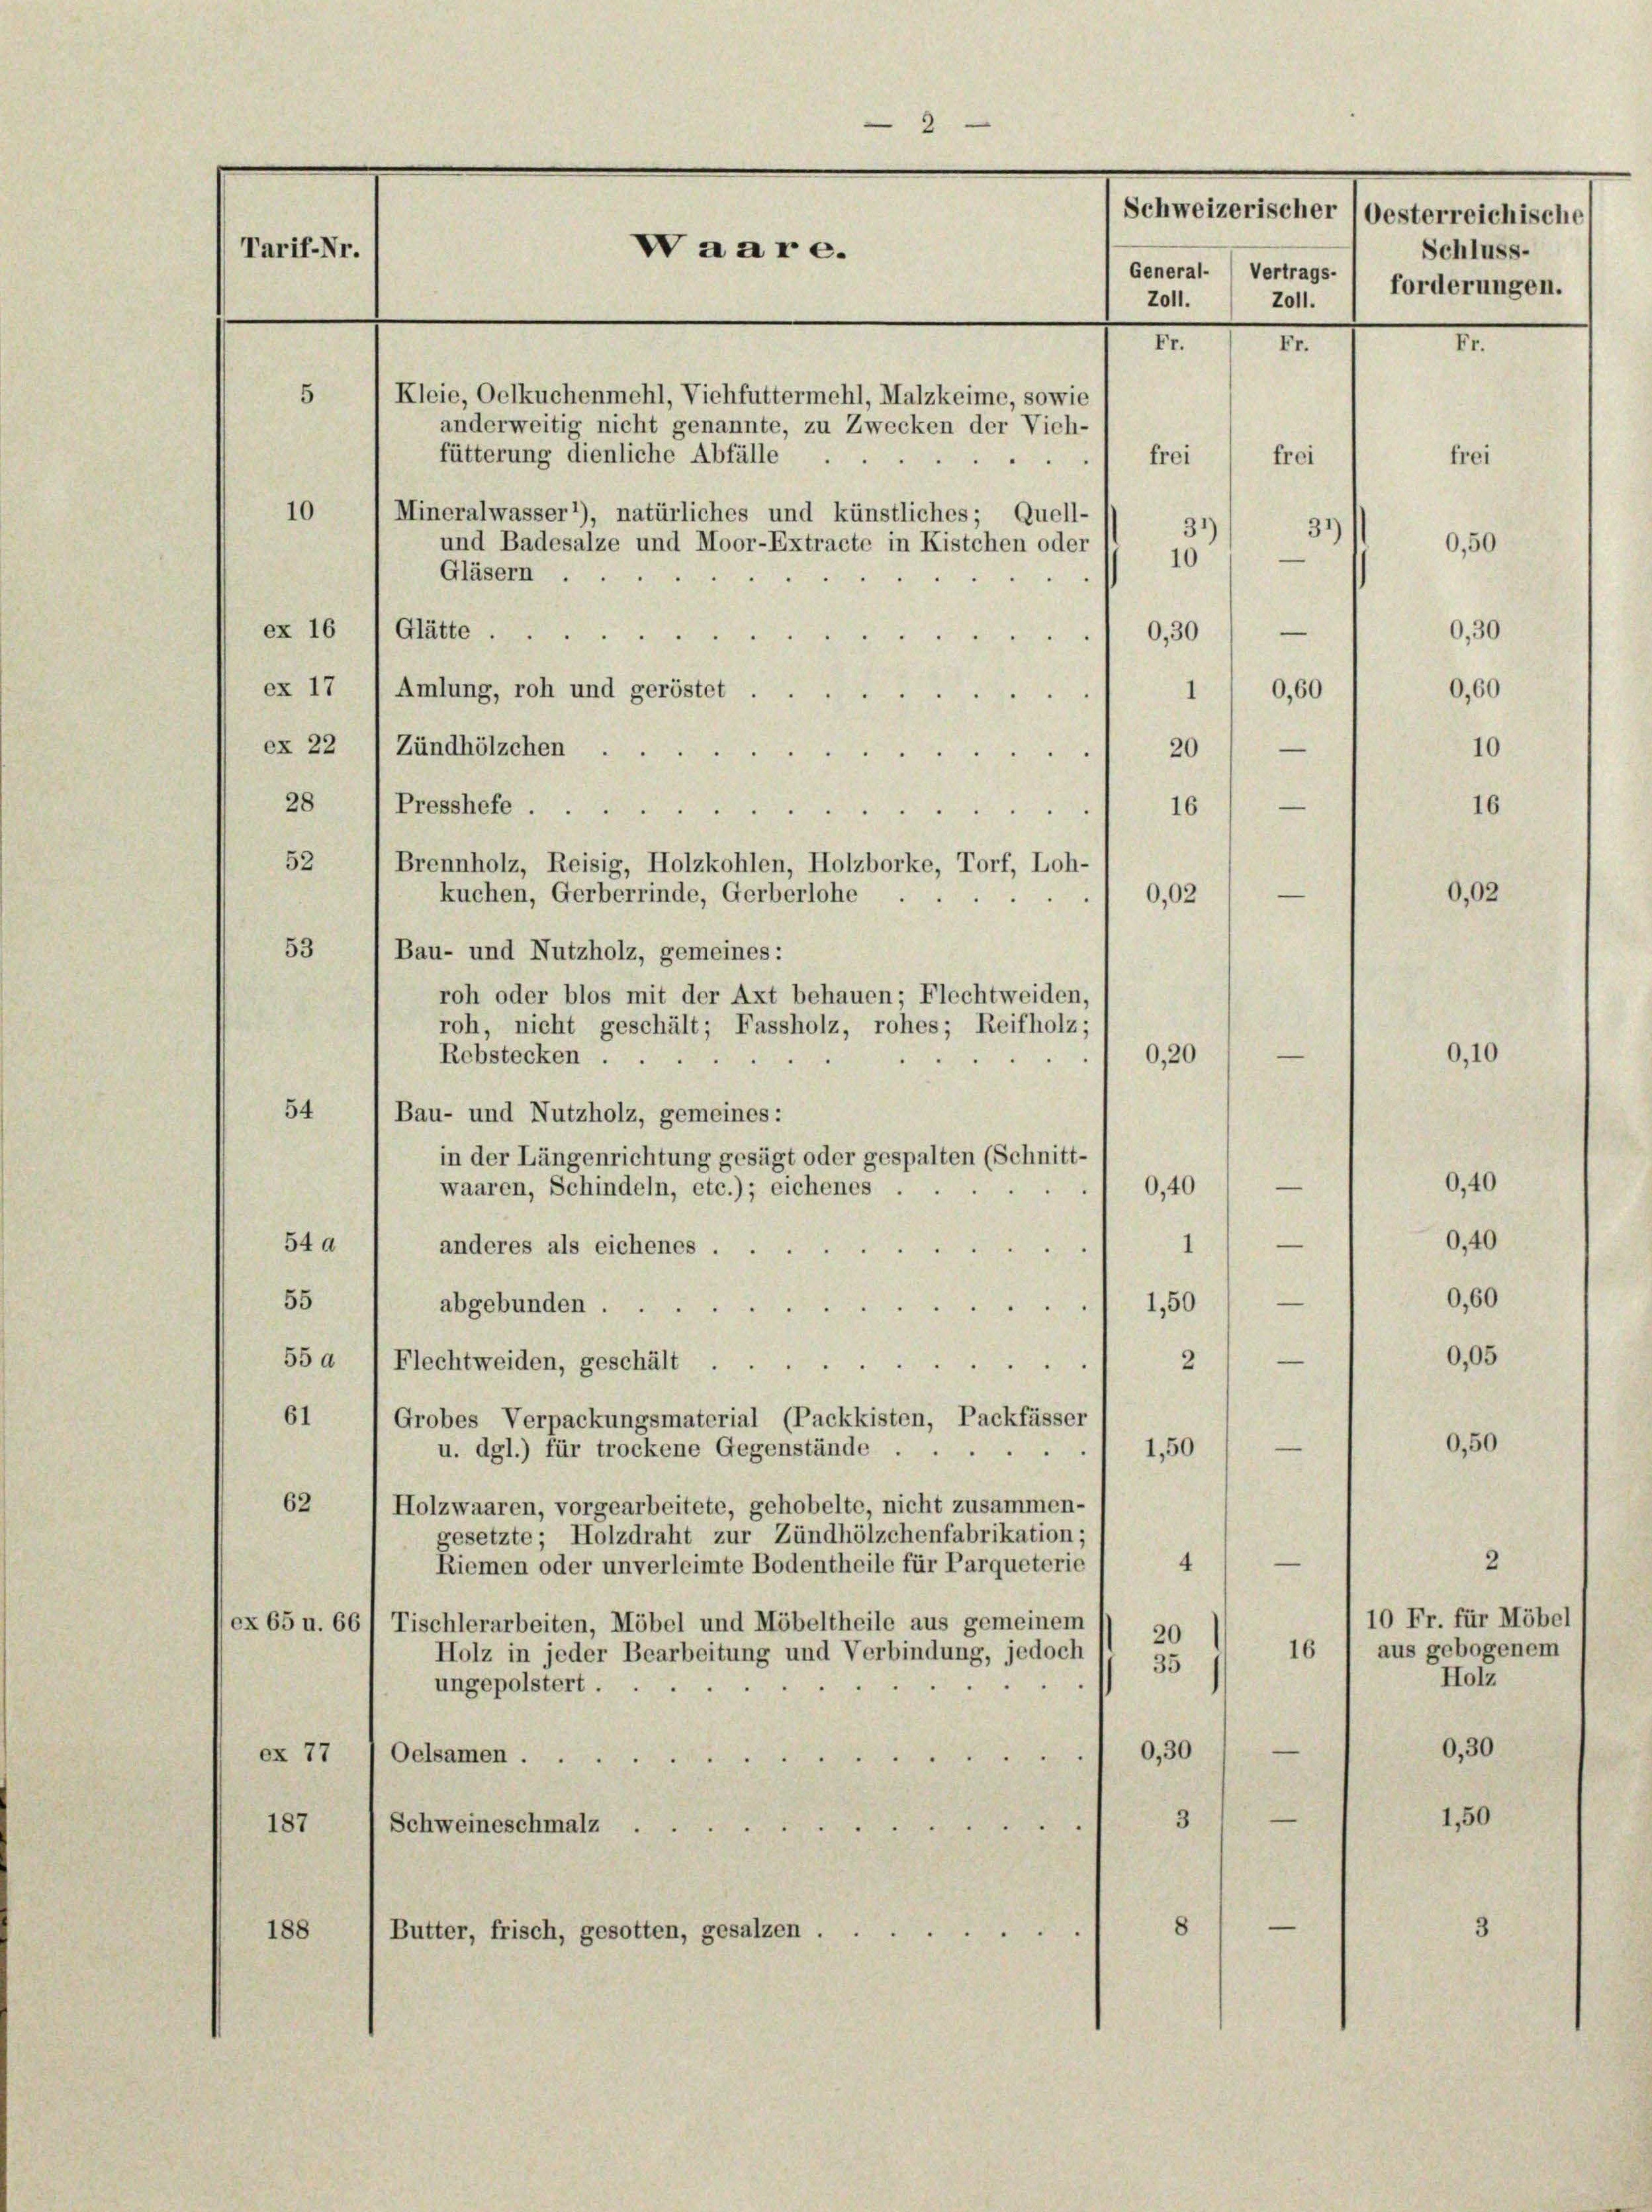
2
Tarif-Nr.
Waare.
General- ) Vertrags-
Z011.
Fr.
1
5
Kleie, Oelkuchenmehl, Viehfuttermehl, Malzkeime, sowie
anderweitig nicht genannte, zu Zwecken der Vieh-
fütterung dienliche Abfälle
frei
10
Mineralwasser 1), natürliches und künstliches; Quell-
31/ 391 050
und Badesalze und Moor-Extracte in Kistchen oder
10
Gläsern
—
ex 16
Glätte.
0,30
ex 17 1 Amlung, roh und geröstet.
0,60
1
ex 22
—
20
Zündhölzchen

—
28 1 Presshefe.
16
52
Brennholz, Reisig, Holzkohlen, Holzborke, Torf, Loh-
—
kuchen, Gerberrinde, Gerberlohe
0,02

53
Bau- und Nutzholz, gemeines:
roh oder blos mit der Axt behauen; Flechtweiden,
roh, nicht geschält; Fassholz, rohes; Reifholz;
Rebstecken ...
54
Bau- und Nutzholz, gemeines:
in der Längenrichtung gesagt oder gespalten (Schnitt-
waaren, Schindeln, etc.); eichenes.
54 a
anderes als eichenes .
.1
55
1 1,50
abgebunden ...
55 a
Flechtweiden, geschält
2
61 (Grobes Verpackungsmaterial (Packkisten, Packfässer
u. dgl.) für trockene Gegenstände
1,50
62
Holzwaaren, vorgearbeitete, gehobelte, nicht zusammen-
gesetzte; Holzdraht zur Zündhölzchenfabrikation;
4
Riemen oder unverleimte Bodentheile für Parqueterie
(ex 65 u. 661 Tischlerarbeiten, Möbel und Möbeltheile aus gemeinem
20
Holz in jeder Bearbeitung und Verbindung, jedoch
35
ungepolstert.
0,30
ex 77
Oelsamen
3
187
Schweineschmalz ...
8
188
Butter, frisch, gesotten, gesalzen . . .

0,40

0,20

0,40
0,40
0,60

0,50

—
2
10 Fr. für Möbel
aus gebogenem
16
Holz
—
0,30
—
1,50

Schweizerischer (oesterreichische
Schluss-
forderungen.
2011.

frei

I

frei

0,30

0,60

16

10

0,02

0,10

0,05

3